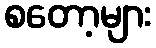
စတော့များ